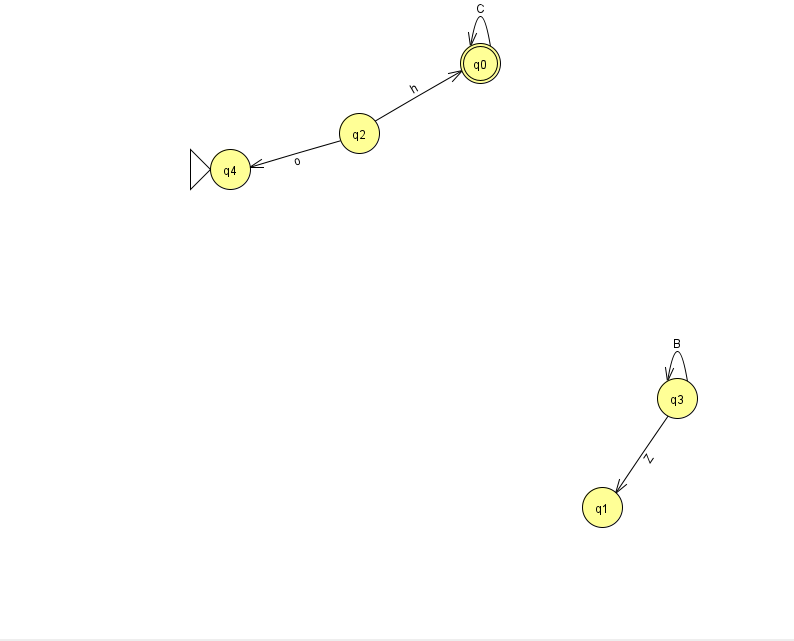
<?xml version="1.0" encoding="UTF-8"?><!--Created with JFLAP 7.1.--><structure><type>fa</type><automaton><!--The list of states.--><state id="0" name="q0"><x>480.0</x><y>50.0</y><final/></state><state id="1" name="q1"><x>602.0</x><y>494.0</y></state><state id="2" name="q2"><x>359.0</x><y>120.0</y></state><state id="3" name="q3"><x>677.0</x><y>385.0</y></state><state id="4" name="q4"><x>230.0</x><y>156.0</y><initial/></state><!--The list of transitions.--><transition><from>3</from><to>3</to><read>B</read></transition><transition><from>0</from><to>0</to><read>C</read></transition><transition><from>2</from><to>4</to><read>o</read></transition><transition><from>2</from><to>0</to><read>h</read></transition><transition><from>3</from><to>1</to><read>Z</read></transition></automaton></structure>